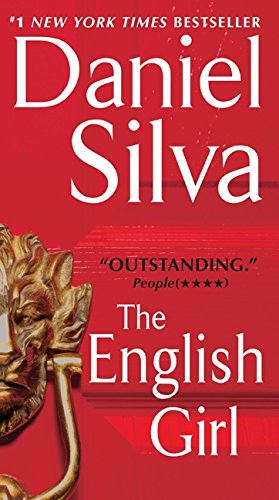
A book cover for The English Girl; Daniel Silva; Mystery, Thriller & Suspense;